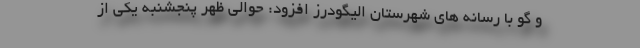
و گو با رسانه های شهرستان الیگودرز افزود: حوالی ظهر پنجشنبه یکی از